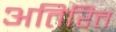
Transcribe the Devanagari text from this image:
अतिरित्त